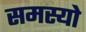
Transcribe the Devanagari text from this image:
समस्यो